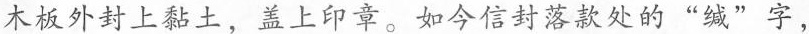
木板外封上黏土，盖上印章。如今信封落款处的“缄”字，